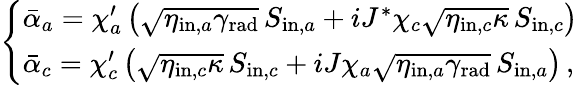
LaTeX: \begin{array}{r}{\left\{ \begin{array}{ll}{\bar{\alpha}_{a}=\chi_{a}^{\prime}\left(\sqrt{\eta_{\mathrm{in},a}\gamma_{\mathrm{rad}}}\, S_{\mathrm{in},a}+iJ^{*}\chi_{c}\sqrt{\eta_{\mathrm{in},c}\kappa}\, S_{\mathrm{in},c}\right)}\\ {\bar{\alpha}_{c}=\chi_{c}^{\prime}\left(\sqrt{\eta_{\mathrm{in},c}\kappa}\, S_{\mathrm{in},c}+iJ\chi_{a}\sqrt{\eta_{\mathrm{in},a}\gamma_{\mathrm{rad}}}\, S_{\mathrm{in},a}\right)\, ,}\end{array}\right.}\end{array}